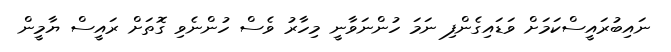
ނައިބުރައީސްކަމަށް ވަޑައިގެންފި ނަމަ ހުންނަވާނީ މިހާރު ވެސް ހުންނެވި ގޮތަށް ރައީސް ޔާމީން